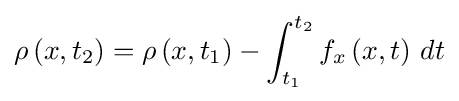
\rho \left(x,t_{2}\right)=\rho \left(x,t_{1}\right)-\int _{t_{1}}^{t_{2}}f_{x}\left(x,t\right)\,dt